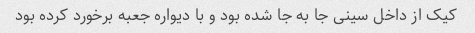
کیک از داخل سینی جا به جا شده بود و با دیواره جعبه برخورد کرده بود